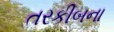
તરકીબના